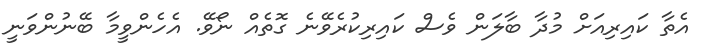
އެތާ ކައިރިއަށް މުދާ ބާލަން ވެސް ކައިރިކުރެވޭނެ ގޮތެއް ނޯވޭ. އެހެންވީމާ ބޭނުންވަނީ